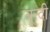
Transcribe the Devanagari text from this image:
बून्‍दी